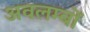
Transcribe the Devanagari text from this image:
अवलम्बों